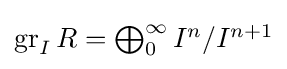
{\textstyle \operatorname {gr} _{I}R=\bigoplus _{0}^{\infty }I^{n}/I^{n+1}}